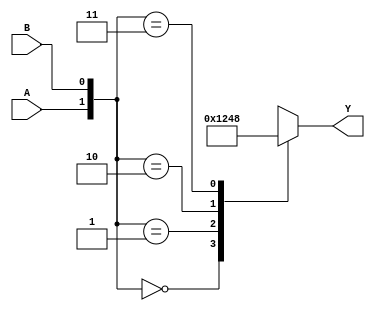
/* behavior level, use always only */
/* output: Y; input: A, B */

module dec2to4_b( Y, A, B);   
    input           A, B;   
    output  [3:0]   Y;
//---------------------------------
// reg and wire declaration
//---------------------------------
    reg    [3:0]   Y;
//---------------------------------
//     DESIGN
//---------------------------------
    always @(A or B) begin
        case ( {A, B} )
            2'b00:  Y = 4'b0001;
            2'b01:  Y = 4'b0010;
            2'b10:  Y = 4'b0100;
            2'b11:  Y = 4'b1000;
        endcase 
    end
endmodule